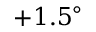
+ 1 . 5 ^ { \circ }